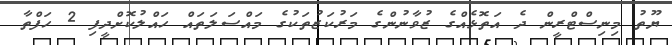
ޔޫތު މިނިސްޓްރީން ދެ އަތޮޅެއްގެ ޒުވާނުންގެ މަރުކަޒުތަކުގެ މައްސަލަތައް ހައްލުކޮށްދީފި 2 ހަފްތާ